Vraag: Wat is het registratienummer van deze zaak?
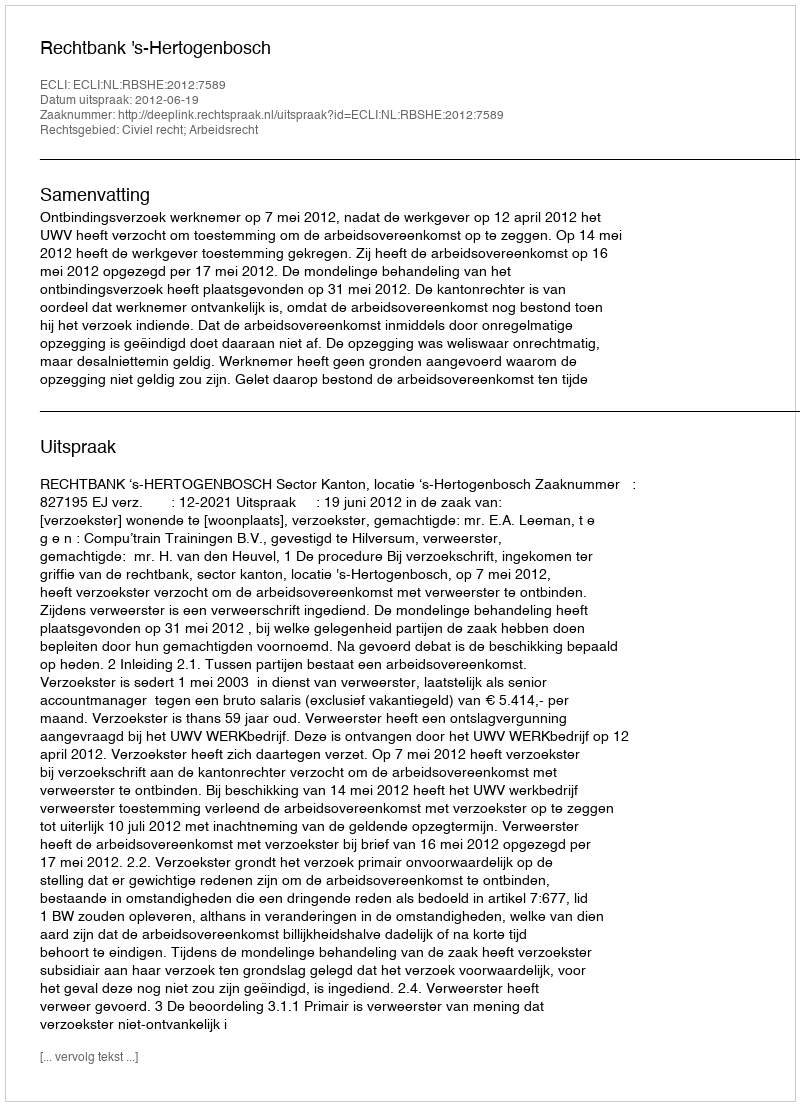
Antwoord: http://deeplink.rechtspraak.nl/uitspraak?id=ECLI:NL:RBSHE:2012:7589